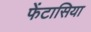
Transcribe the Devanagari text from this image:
फेंटासिया